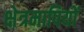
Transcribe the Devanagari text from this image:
क्षेत्रमापियों